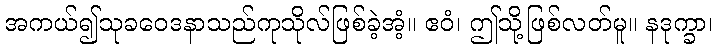
အကယ်၍သုခဝေဒနာသည်ကုသိုလ်ဖြစ်ခဲ့အံ့။ ဧဝံ၊ ဤသို့ဖြစ်လတ်မူ။ နဒုက္ခာ၊